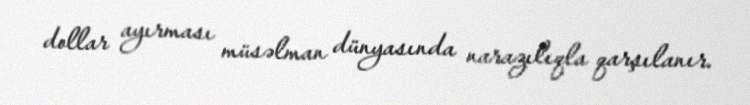
dollar ayırması müsəlman dünyasında narazılıqla qarşılanır.